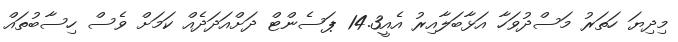
މިދިޔަ ހަތަރު މަސްދުވަހާ އަޅާބަލާއިރު އެއީ14.3 ޕަސެންޓް ދަށްއަދަދެއް ކަމަށް ވެސް ހިސާބުތައް